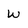
Character: w